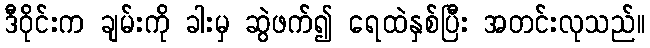
ဒီဝိုင်းက ချမ်းကို ခါးမှ ဆွဲဖက်၍ ရေထဲနှစ်ပြီး အတင်းလုသည်။